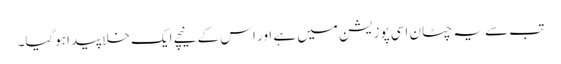
تب سے یہ چٹان اسی پوزیشن میں ہے اور اس کے نیچے ایک خلا پیدا ہوگیا۔